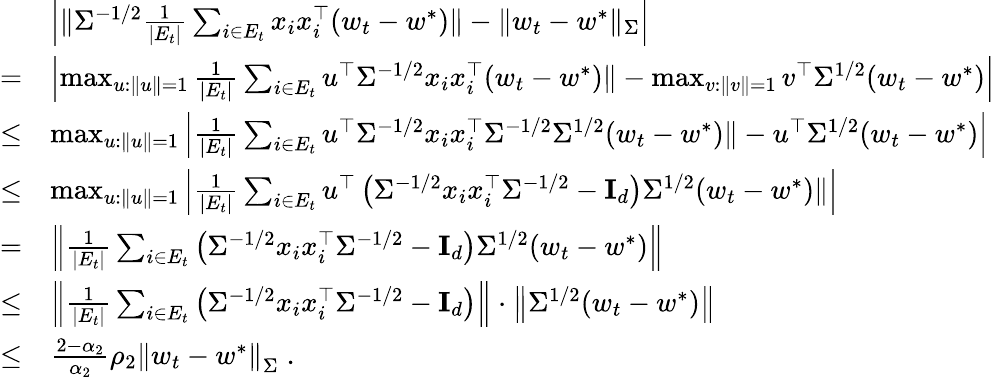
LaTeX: \begin{array}{rl}&{\left|\| \Sigma^{-1/2}\frac{1}{|E_{t}|}\sum_{i\in E_{t}}x_{i}x_{i}^{\top}(w_{t}-w^{*})\| -\| w_{t}-w^{*}\| _{\Sigma}\right|}\\ {=}&{\left|\operatorname*{max}_{u:\| u\| =1}\frac{1}{|E_{t}|}\sum_{i\in E_{t}}u^{\top}\Sigma^{-1/2}x_{i}x_{i}^{\top}(w_{t}-w^{*})\| -\operatorname*{max}_{v:\| v\| =1}v^{\top}\Sigma^{1/2}(w_{t}-w^{*})\right|}\\ {\leq}&{\operatorname*{max}_{u:\| u\| =1}\left|\frac{1}{|E_{t}|}\sum_{i\in E_{t}}u^{\top}\Sigma^{-1/2}x_{i}x_{i}^{\top}\Sigma^{-1/2}\Sigma^{1/2}(w_{t}-w^{*})\| -u^{\top}\Sigma^{1/2}(w_{t}-w^{*})\right|}\\ {\leq}&{\operatorname*{max}_{u:\| u\| =1}\left|\frac{1}{|E_{t}|}\sum_{i\in E_{t}}u^{\top}\left(\Sigma^{-1/2}x_{i}x_{i}^{\top}\Sigma^{-1/2}-\mathbf{I}_{d}\right)\Sigma^{1/2}(w_{t}-w^{*})\| \right|}\\ {=}&{\left\| \frac{1}{|E_{t}|}\sum_{i\in E_{t}}\left(\Sigma^{-1/2}x_{i}x_{i}^{\top}\Sigma^{-1/2}-\mathbf{I}_{d}\right)\Sigma^{1/2}(w_{t}-w^{*})\right\| }\\ {\leq}&{\left\| \frac{1}{|E_{t}|}\sum_{i\in E_{t}}\left(\Sigma^{-1/2}x_{i}x_{i}^{\top}\Sigma^{-1/2}-\mathbf{I}_{d}\right)\right\| \cdot\left\| \Sigma^{1/2}(w_{t}-w^{*})\right\| }\\ {\leq}&{\frac{2-\alpha_{2}}{\alpha_{2}}\rho_{2}\left\| w_{t}-w^{*}\right\| _{\Sigma}\; .}\end{array}